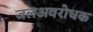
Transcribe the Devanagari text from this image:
जलअवरोधक